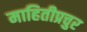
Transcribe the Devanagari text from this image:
माहितीप्रचुर